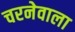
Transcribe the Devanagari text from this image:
चरनेवाला